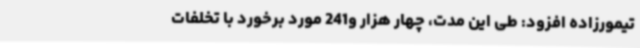
تیمورزاده افزود: طی این مدت، چهار هزار و241 مورد برخورد با تخلفات